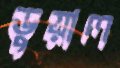
ডুয়াল